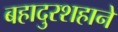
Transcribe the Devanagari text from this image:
बहादुरशहाने